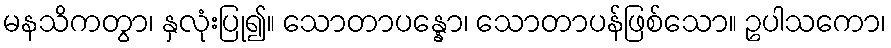
မနသိကတွာ၊ နှလုံးပြု၍။ သောတာပန္နော၊ သောတာပန်ဖြစ်သော။ ဥပါသကော၊